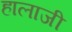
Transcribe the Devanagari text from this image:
हालाजी